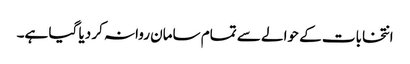
انتخابات کے حوالے سے تمام سامان روانہ کر دیا گیا ہے۔